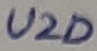
Text: U2D